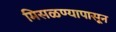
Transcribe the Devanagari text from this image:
मिसळण्यापासून